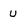
Character: u